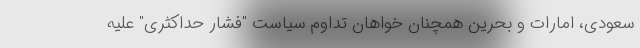
سعودی، امارات و بحرین همچنان خواهان تداوم سیاست "فشار حداکثری" علیه